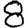
Digit: 8